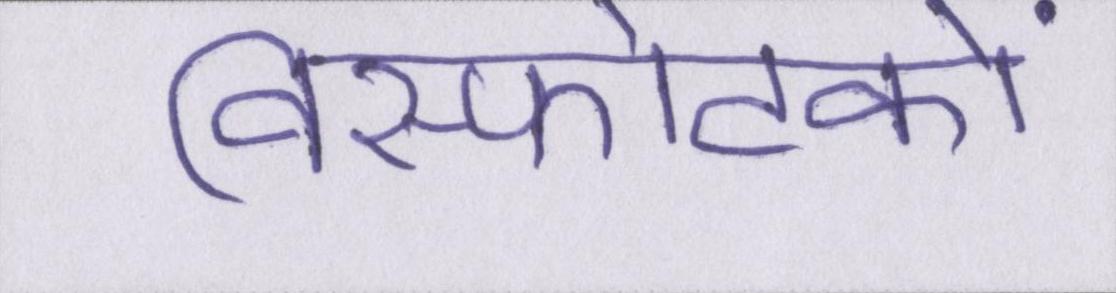
विस्फोटकों